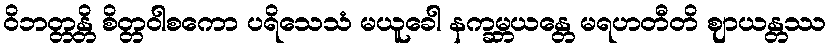
ဝိဘတ္တန္တိ စိတ္တဝါစကော ပရိသေသံ မယူခေါ နက္ခမ္ဘယန္တေ မရဟတီတိ ဈာယန္တဿ